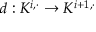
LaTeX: d : K ^ { i , \cdot } \to K ^ { i + 1 , \cdot }